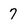
Character: 7